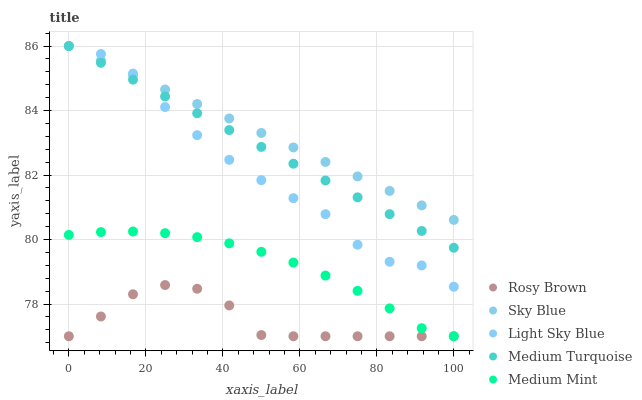
| xaxis_label | Rosy Brown | Sky Blue | Light Sky Blue | Medium Turquoise | Medium Mint |
 | --- | --- | --- | --- | --- | --- |
 | 0 | 77 | 86 | 86 | 86 | 80.1 |
 | 8.33 | 77.6 | 85.6 | 85.8 | 85.5 | 80.2 |
 | 16.7 | 78.3 | 85.1 | 85.1 | 85 | 80.2 |
 | 25 | 78.6 | 84.7 | 84.1 | 84.4 | 80.2 |
 | 33.3 | 78.5 | 84.2 | 83.2 | 83.9 | 80.1 |
 | 41.7 | 78 | 83.8 | 82.5 | 83.4 | 79.9 |
 | 50 | 77 | 83.3 | 81.8 | 82.9 | 79.6 |
 | 58.3 | 77 | 82.9 | 81.3 | 82.4 | 79.3 |
 | 66.7 | 77 | 82.4 | 80.8 | 81.8 | 78.9 |
 | 75 | 77 | 82 | 79.8 | 81.3 | 78.4 |
 | 83.3 | 77 | 81.5 | 79.3 | 80.8 | 77.9 |
 | 91.7 | 77 | 81.1 | 79.2 | 80.3 | 77.3 |
 | 100 | 77 | 80.6 | 78.5 | 79.7 | 77 |